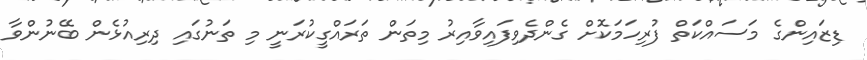
ޑިޒައިންގެ މަސައްކަތް ފުރިހަމަކޮށް ގެންދެވިފައިވާއިރު މިތަން ތަރައްގީކުރަނީ މި ތަނުގައި ދިރިއުޅެން ބޭނުންވާ